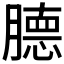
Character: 𰯕